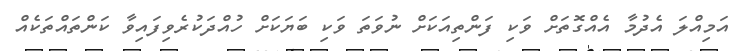
އަމިއްލަ އެދުމާ އެއްގޮތަށް ވަކި ފަންތިއަކަށް ނުވަތަ ވަކި ބަޔަކަށް ހުއްދަކުރެވިފައިވާ ކަންތައްތަކެއް